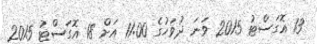
13 އޮގަސްޓު 2015 ވަނަ ދުވަހުގެ 11:00 އަށް 18 އޮގަސްޓު 2015